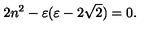
2 n ^ { 2 } - \varepsilon ( \varepsilon - 2 \sqrt { 2 } ) = 0 .